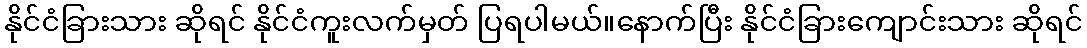
နိုင်ငံခြားသား ဆိုရင် နိုင်ငံကူးလက်မှတ် ပြရပါမယ်။နောက်ပြီး နိုင်ငံခြားကျောင်းသား ဆိုရင်